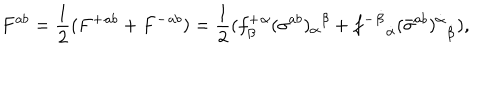
F ^ { a b } = { \frac { 1 } { 2 } } ( { F ^ { + } } { } ^ { a b } + { F ^ { - } } { } ^ { a b } ) = { \frac { 1 } { 2 } } ( { f _ { \beta } ^ { + } } { } ^ { \alpha } { ( \sigma ^ { a b } ) _ { \alpha } } { } ^ { \beta } + { { f ^ { - } } ^ { \dot { \beta } } } _ { \dot { \alpha } } { ( \bar { \sigma } ^ { a b } ) { } ^ { \dot { \alpha } } } _ { \dot { \beta } } ) ,